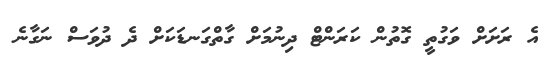
އެ ރަށަށް ވަގުތީ ގޮތުން ކަރަންޓް ދިނުމަށް ގާތްގަނޑަކަށް ދެ ދުވަސް ނަގާނެ